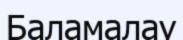
Баламалау